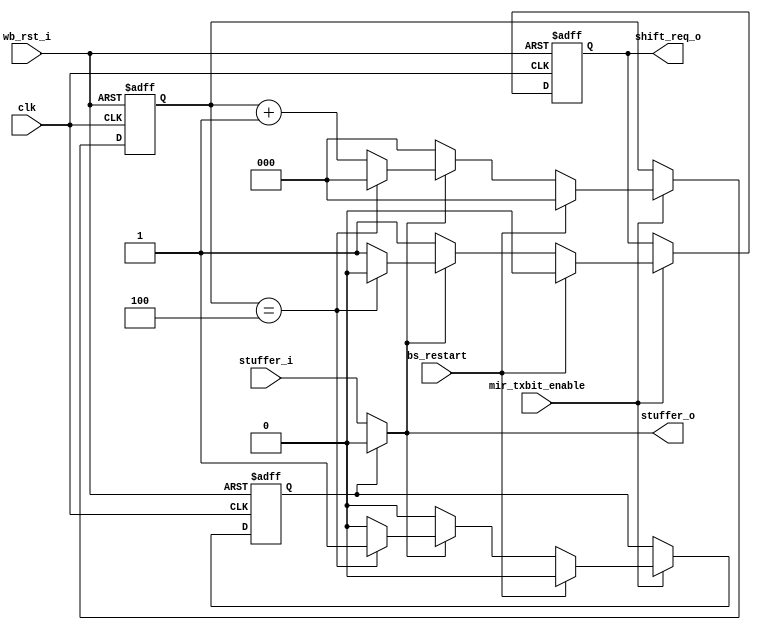
module  irda_mir_bit_stuffer (clk, wb_rst_i, bs_restart, 
										// stuffer_shift_i,
										stuffer_i, mir_txbit_enable,
										shift_req_o, stuffer_o);

input 		clk;
input 		wb_rst_i;
input 		bs_restart;
//input		stuffer_shift_i;
input 		stuffer_i;
input 		mir_txbit_enable;
output 		shift_req_o;
output 		stuffer_o;

reg [2:0] 	counter;
reg 			shift_req_o;
reg 			insert_zero;

always @(posedge clk or posedge wb_rst_i)
begin
	if (wb_rst_i) begin
		shift_req_o <= #1 0;
		counter <= #1 0;
		insert_zero <= #1 0;
	end else
	  if (mir_txbit_enable)
		 if (bs_restart) begin
			 shift_req_o <= #1 0;
			 counter <= #1 0;
			 insert_zero <= #1 0;
		 end else	begin
			 //			if (stuffer_shift_i)
			 if (stuffer_o==1)
				if (counter==4) begin
					counter <= #1 0;
					insert_zero <= #1 1;
					shift_req_o <= #1 0;
				end else begin // input is 1 but count of 5 is not reached yet
					counter <= #1 counter + 1;
					shift_req_o <= #1 1;
					insert_zero <= #1 0;
				end
			 else begin // input is 0 - reset counter
				 counter <= #1 0;
				 shift_req_o <= #1 1;
				 insert_zero <= #1 0;
			 end
			 //			else begin // stuffer_shift_i == 0
			 //				shift_req_o <= #1 0;
			 //			end
		 end
end

assign stuffer_o = insert_zero ? 0 : stuffer_i;

endmodule